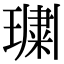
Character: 𭹲